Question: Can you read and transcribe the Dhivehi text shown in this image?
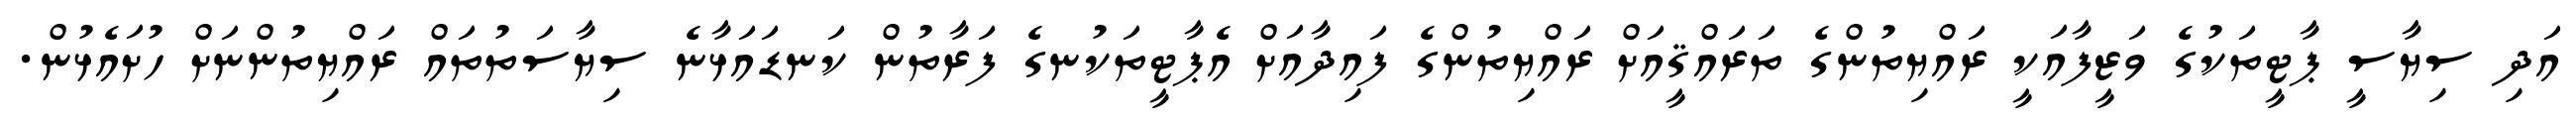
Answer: އަދި ސިޔާސީ ޕާޓީތަކުގެ ވަޒީފާއަކީ ރައްޔިތުންގެ ތަރައްޤީއަށް ރައްޔިތުންގެ ފައިދާއަށް އެޕާޓީތަކުނގެ ފަރާތުން ކަނޑައަޅާނެ ސިޔާސަތުތައް ރައްޔިތުންނަށް ހުށައެޅުން.